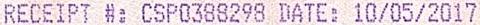
RECEIPT #: CSP0388298 DATE: 10/05/2017